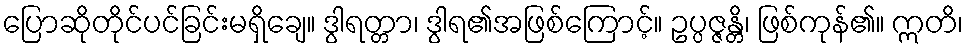
ပြောဆိုတိုင်ပင်ခြင်းမရှိချေ။ ဒွါရတ္တာ၊ ဒွါရ၏အဖြစ်ကြောင့်။ ဥပ္ပဇ္ဇန္တိ၊ ဖြစ်ကုန်၏။ ဣတိ၊